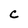
Character: c